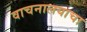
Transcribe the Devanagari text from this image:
वाचनालयाचा